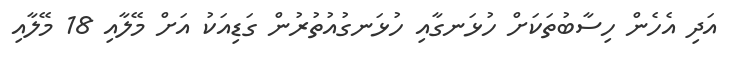
އަދި އެހެން ހިސާބުތަކަށް ހުޅަނގާއި ހުޅަނގުއުތުރުން ގަޑިއަކު އަށް މޭލާއި 18 މޭލާއި